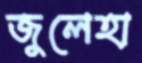
জুলেহা